Vaccine operations Central Provinces 1868-1885 - 1868-1885
Year: 1868
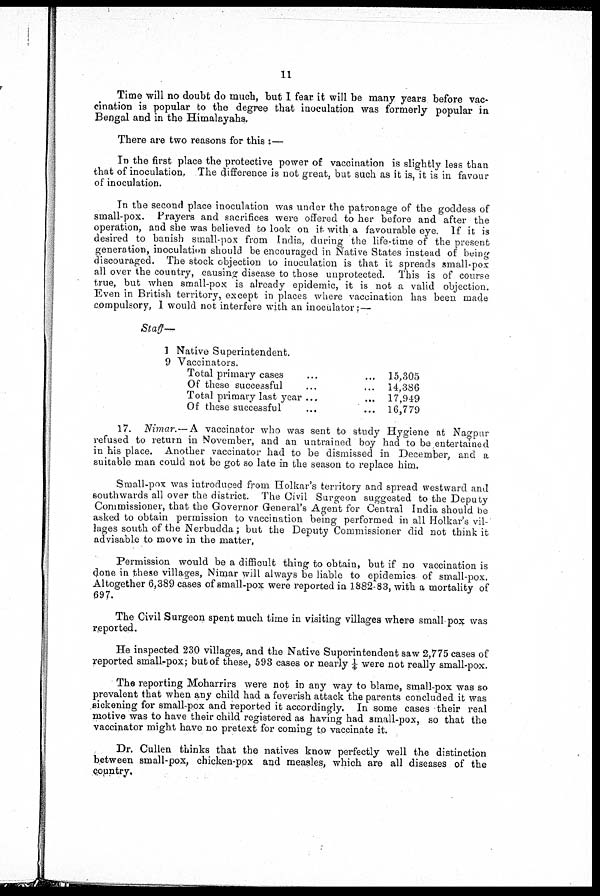
11
Time will no doubt do much, but I fear it will be many years before vac-
cination is popular to the degree that inoculation was formerly popular in
Bengal and in the Himalayahs.
There are two reasons for this :—
In the first place the protective power of vaccination is slightly less than
that of inoculation, The difference is not great, but such as it is, it is in favour
of inoculation.
In the second place inoculation was under the patronage of the goddess of
small-pox. Prayers and sacrifices were offered to her before and after the
operation, and she was believed to look on it with a favourable eye. If it is
desired to banish small-pox from India, during the life-time of the present
generation, inoculation should be encouraged in Native States instead of being
discouraged. The stock objection to inoculation is that it spreads small-pox
all over the country, causing disease to those unprotected. This is of course
true, but when small-pox is already epidemic, it is not a valid objection.
Even in British territory, except in places where vaccination has been made
compulsory, I would not interfere with an inoculator; —
Staff—
1 Native Superintendent.
9 Vaccinators.
Total primary cases ... ...
Of these successful ... ...
Total primary last year ... ...
Of these successful ... ...
15,305
14,386
17,949
16,779
17. Nimar.—A vaccinator who was sent to study Hygiene at Nagpur
refused to return in November, and an untrained boy had to be entertained
in his place. Another vaccinator had to be dismissed in December, and a
suitable man could not be got so late in the season to replace him.
Small-pox was introduced from Holkar's territory and spread westward and
southwards all over the district. The Civil Surgeon suggested to the Deputy
Commissioner, that the Governor General's Agent for Central India should be
asked to obtain permission to vaccination being performed in all Holkar's vil-
lages south of the Nerbudda; but the Deputy Commissioner did not think it
advisable to move in the matter,
Permission would be a difficult thing to obtain, but if no vaccination is
done in these villages, Nimar will always be liable to epidemics of small-pox.
Altogether 6,389 cases of small-pox were reported in 1882-83, with a mortality of
697.
The Civil Surgeon spent much time in visiting villages where small-pox was
reported.
He inspected 230 villages, and the Native Superintendent saw 2,775 cases of
reported small-pox; but of these, 593 cases or nearly ¼ were not really small-pox.
The reporting Moharrirs were not in any way to blame, small-pox was so
prevalent that when any child had a feverish attack the parents concluded it was
sickening for small-pox and reported it accordingly. In some cases their real
motive was to have their child registered as having had small-pox, so that the
vaccinator might have no pretext for coming to vaccinate it.
Dr. Cullen thinks that the natives know perfectly well the distinction
between small-pox, chicken-pox and measles, which are all diseases of the
Country.